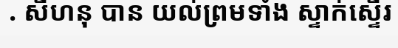
. សីហនុ បាន យល់ព្រមទាំង ស្ទាក់ស្ទើរ